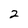
Character: 2